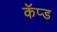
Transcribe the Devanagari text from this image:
कॅप्ड